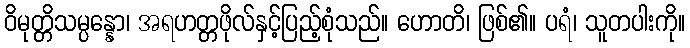
ဝိမုတ္တိသမ္ပန္နော၊ အရဟတ္တဖိုလ်နှင့်ပြည့်စုံသည်။ ဟောတိ၊ ဖြစ်၏။ ပရံ၊ သူတပါးကို။